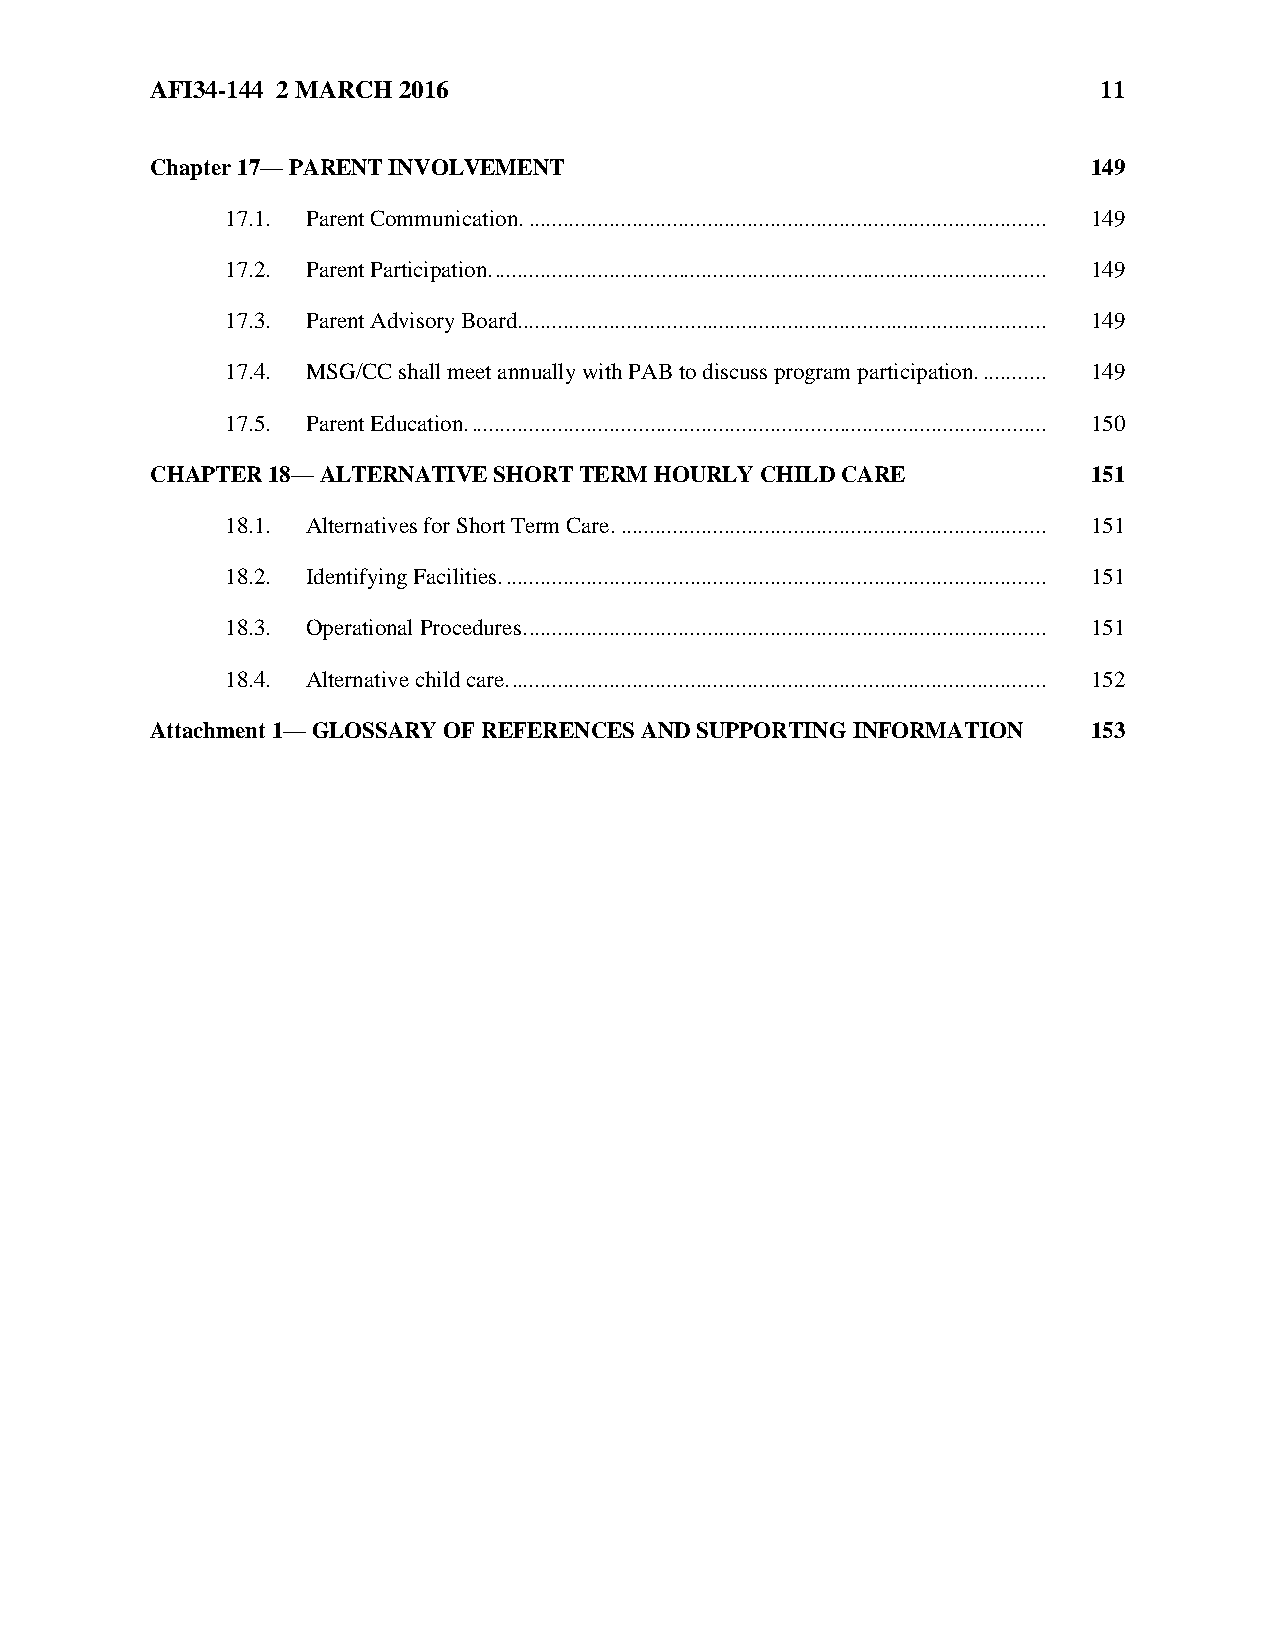
AFI34-144 2 MARCH 2016                                         11
 Chapter 17— PARENT INVOLVEMENT                                149
 17.1. Parent Communication. .......................................................................................... 149
 17.2. Parent Participation. ................................................................................................ 149
 17.3. Parent Advisory Board. ........................................................................................... 149
 17.4. MSG/CC shall meet annually with PAB to discuss program participation. ........... 149
 17.5. Parent Education. .................................................................................................... 150
 CHAPTER 18— ALTERNATIVE SHORT TERM HOURLY CHILD CARE          151
 18.1. Alternatives for Short Term Care. .......................................................................... 151
 18.2. Identifying Facilities. .............................................................................................. 151
 18.3. Operational Procedures. .......................................................................................... 151
 18.4. Alternative child care. ............................................................................................. 152
 Attachment 1— GLOSSARY OF REFERENCES AND SUPPORTING INFORMATION 153